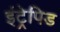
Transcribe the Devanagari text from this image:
इंट्रेपिड